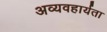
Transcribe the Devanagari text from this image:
अव्यवहार्यता